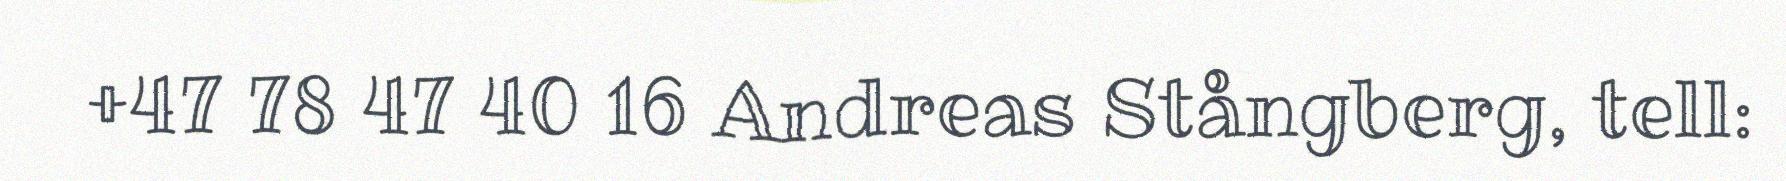
+47 78 47 40 16 Andreas Stångberg, tell: